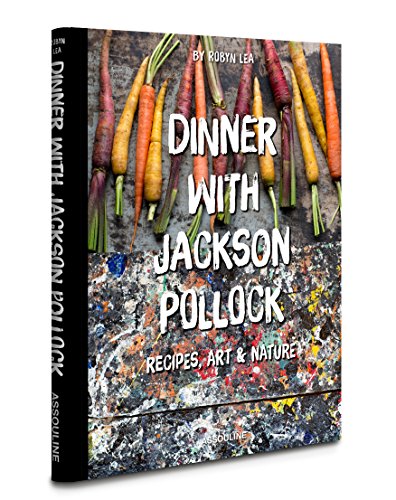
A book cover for Dinner With Jackson Pollock: Recipes, Art & Nature; Robyn Lea; Humor & Entertainment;